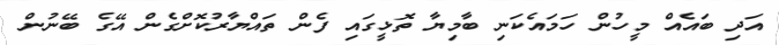
އަދި ބައެއް މީހުން ހަމައެކަނި ބާމިޔާ ތޮޅީގައި ފެން ތައްޔާރުކޮށްގެން އޭގެ ބޭނުން